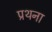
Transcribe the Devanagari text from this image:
प्रथना